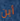
أين